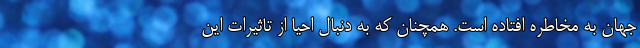
جهان به مخاطره افتاده است. همچنان که به دنبال احیا از تاثیرات این